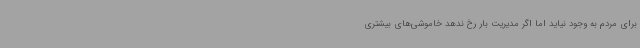
برای مردم به وجود نیاید اما اگر مدیریت بار رخ ندهد خاموشی‌های بیشتری